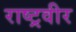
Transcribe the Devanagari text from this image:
राष्ट्रवीर